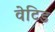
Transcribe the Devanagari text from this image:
वेटिड